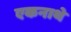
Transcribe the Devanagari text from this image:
एकनाथे